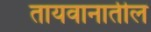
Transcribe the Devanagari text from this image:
तायवानातील